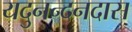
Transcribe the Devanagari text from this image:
यदुनन्दनदास